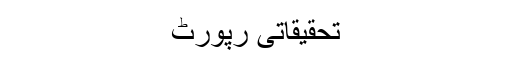
تحقیقاتی رپورٹ